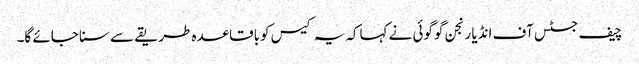
چیف جسٹس آف انڈیا رنجن گوگوئی نے کہاکہ یہ کیس کوباقاعدہ طریقے سے سنا جائے گا۔